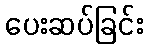
ပေးဆပ်ခြင်း